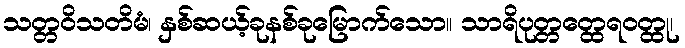
သတ္တဝိသတိမံ၊ နှစ်ဆယ့်ခုနစ်ခုမြောက်သော။ သာရိပုတ္တတ္ထေရဝတ္ထု၊